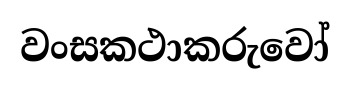
වංසකථාකරුවෝ